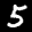
Label: 5